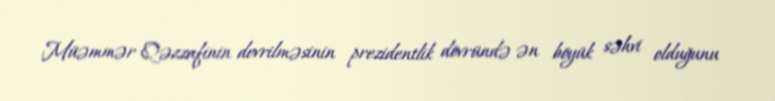
Müəmmər Qəzzafinin devrilməsinin prezidentlik dövründə ən böyük səhvi olduğunu